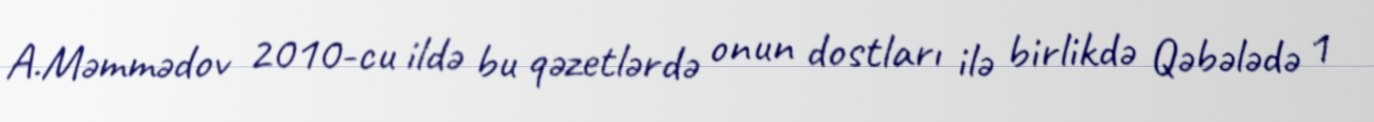
A.Məmmədov 2010-cu ildə bu qəzetlərdə onun dostları ilə birlikdə Qəbələdə 1